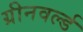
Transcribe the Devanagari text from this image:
ग्रीनवर्ल्ड